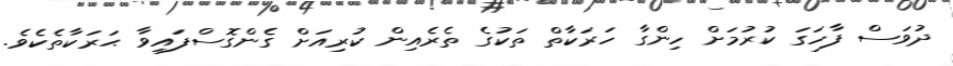
ދުވަސް ފާހަގަ ކުރުމަށް ހިންގާ ހަރަކާތް ތަކުގެ ތެރެއިން ކުރިއަށް ގެންގޮސްފައިވާ ޙަރަކާތެކެވެ.